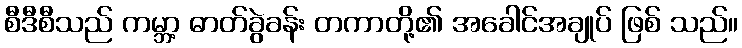
စီဒီစီသည် ကမ္ဘာ့ ဓာတ်ခွဲခန်း တကာတို့၏ အခေါင်အချုပ် ဖြစ် သည်။